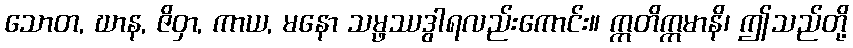
သောတ, ဃာန, ဇိဝှာ, ကာယ, မနော သမ္ဖဿဒွါရလည်းကောင်း။ ဣတိဣမာနိ၊ ဤသည်တို့